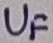
Text: UF